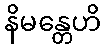
နိမန္တေဟိ